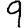
Digit: 9